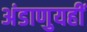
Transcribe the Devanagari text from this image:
अंडाणुयहीं